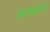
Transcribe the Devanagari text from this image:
आभारों